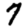
Digit: 7